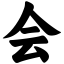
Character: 会